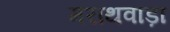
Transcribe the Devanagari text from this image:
मराथवाड़ा